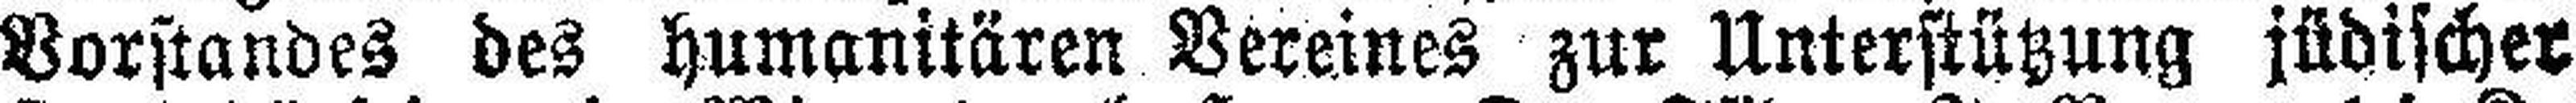
Vorstandes des humanitären Vereines zur Unterstützung jüdischer